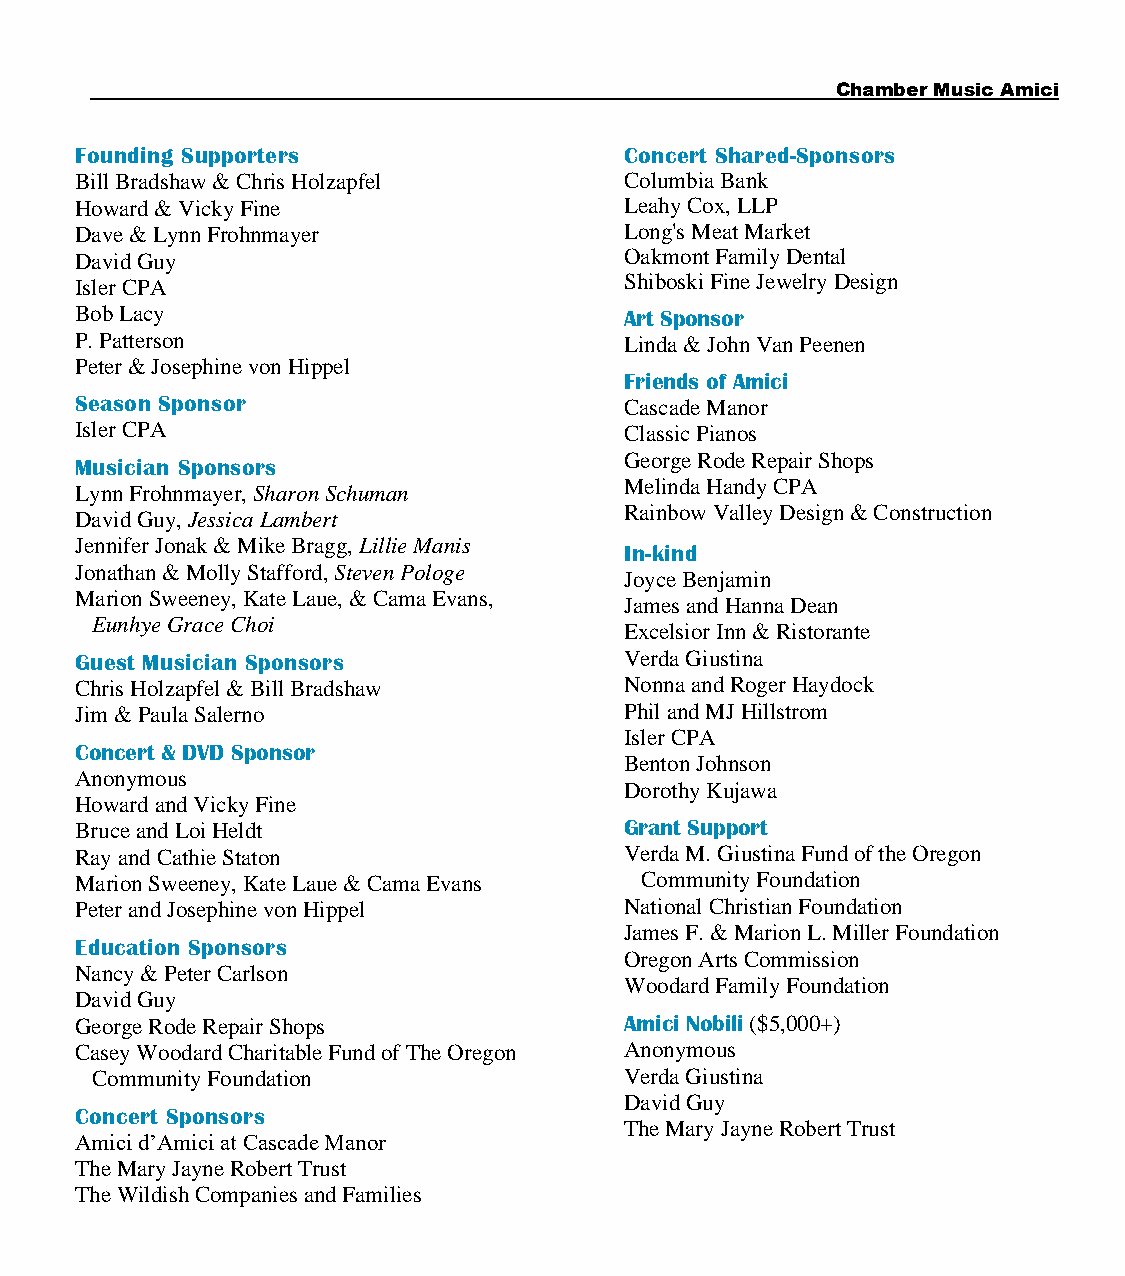
Chamber Music Amici
 Founding Supporters                 Concert Shared-Sponsors
 Bill Bradshaw & Chris Holzapfel     Columbia Bank
 Howard & Vicky Fine                 Leahy Cox, LLP
 Dave & Lynn Frohnmayer              Long's Meat Market
 David Guy                           Oakmont Family Dental
 Isler CPA                           Shiboski Fine Jewelry Design
 Bob Lacy                            Art Sponsor
 P. Patterson                        Linda & John Van Peenen
 Peter & Josephine von Hippel
 Friends of Amici
 Season Sponsor                      Cascade Manor
 Isler CPA                           Classic Pianos
 Musician Sponsors                   George Rode Repair Shops
 Melinda Handy CPA
 Lynn Frohnmayer, Sharon Schuman
 Rainbow Valley Design & Construction
 David Guy, Jessica Lambert
 Jennifer Jonak & Mike Bragg, Lillie Manis In-kind
 Jonathan & Molly Stafford, Steven Pologe
 Joyce Benjamin
 Marion Sweeney, Kate Laue, & Cama Evans,
 James and Hanna Dean
 Eunhye Grace Choi
 Excelsior Inn & Ristorante
 Guest Musician Sponsors             Verda Giustina
 Chris Holzapfel & Bill Bradshaw     Nonna and Roger Haydock
 Jim & Paula Salerno                 Phil and MJ Hillstrom
 Isler CPA
 Concert & DVD Sponsor
 Benton Johnson
 Anonymous
 Dorothy Kujawa
 Howard and Vicky Fine
 Bruce and Loi Heldt                 Grant Support
 Ray and Cathie Staton               Verda M. Giustina Fund of the Oregon
 Marion Sweeney, Kate Laue & Cama Evans Community Foundation
 Peter and Josephine von Hippel      National Christian Foundation
 James F. & Marion L. Miller Foundation
 Education Sponsors
 Oregon Arts Commission
 Nancy & Peter Carlson
 Woodard Family Foundation
 David Guy
 George Rode Repair Shops            Amici Nobili ($5,000+)
 Casey Woodard Charitable Fund of The Oregon Anonymous
 Community Foundation               Verda Giustina
 David Guy
 Concert Sponsors
 The Mary Jayne Robert Trust
 Amici d’Amici at Cascade Manor
 The Mary Jayne Robert Trust
 The Wildish Companies and Families